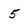
Character: 5